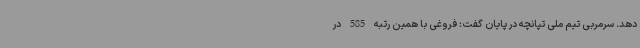
دهد. سرمربی تیم ملی تپانچه در پایان گفت: فروغی با همین رتبه 585 در